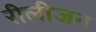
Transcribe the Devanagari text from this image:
रीलीजन